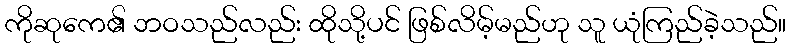
ကိုဆုကေ၏ ဘဝသည်လည်း ထိုသို့ပင် ဖြစ်လိမ့်မည်ဟု သူ ယုံကြည်ခဲ့သည်။